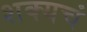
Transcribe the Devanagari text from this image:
शक्यचं